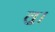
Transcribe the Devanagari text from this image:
तु।